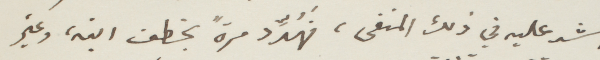
اشد عليه في ذلك المنفى، فهُدّد مرةً بخطف ابنه، وغير